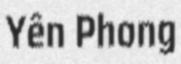
Yên Phong